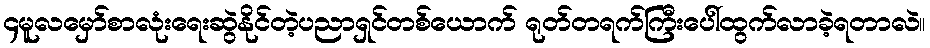
၄မူလမှော်စာလုံးရေးဆွဲနိုင်တဲ့ပညာရှင်တစ်ယောက် ရုတ်တရက်ကြီးပေါ်ထွက်လာခဲ့ရတာလဲ။